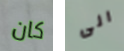
كان الى